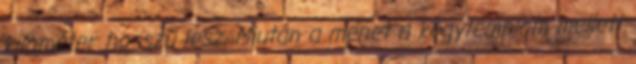
kilométer hosszú lesz. Miután a menet a kegytemplom mellett